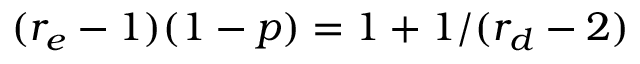
( r _ { e } - 1 ) ( 1 - p ) = 1 + 1 / ( r _ { d } - 2 )